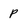
Character: p